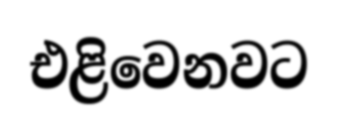
එළිවෙනවට